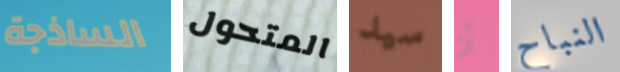
الساذجة المتحول سيد أن النباح